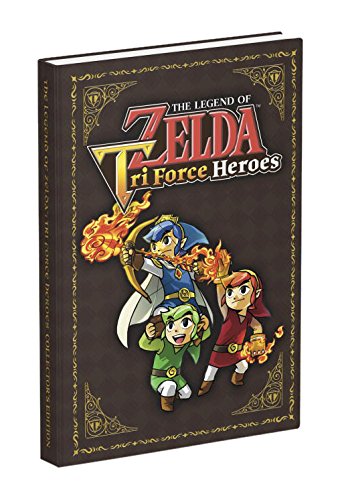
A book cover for The Legend of Zelda: Tri Force Heroes Collector's Edition Guide; Prima Games; Humor & Entertainment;